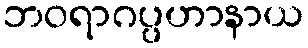
ဘဝရာဂပ္ပဟာနာယ